Vaccination in the Punjab 1905-1918 - 1905-1918
Year: 1905
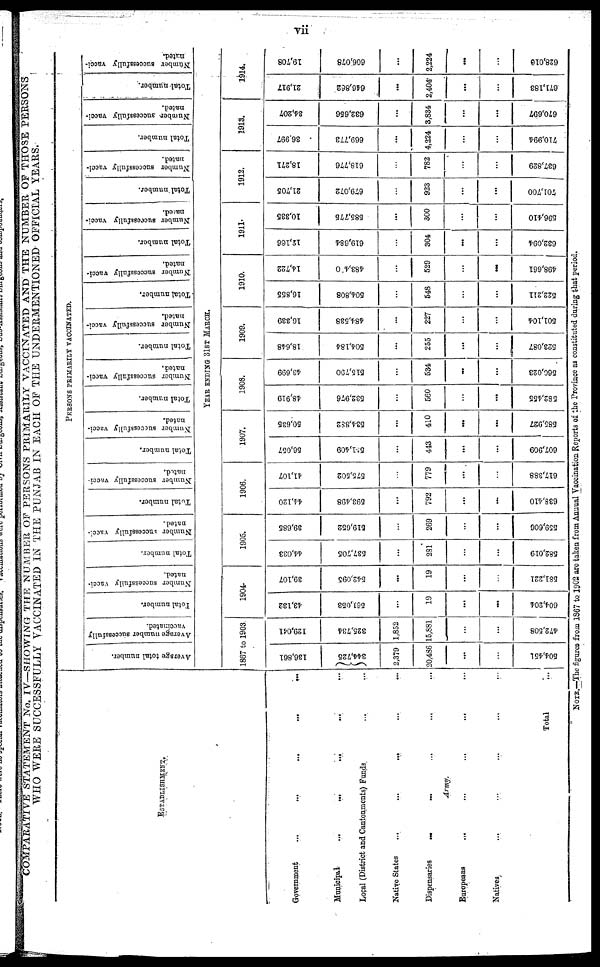
vii
COMPARATIVE STATEMENT No. IV—SHOWING THE NUMBER OF PERSONS PRIMARILY VACCINATED AND THE NUMBER OF THOSE PERSONS
WHO WERE SUCCESSFULLY VACCINATED IN THE PUNJAB IN EACH OF THE UNDERMENTIONED OFFICIAL YEARS.
ESTABLISHMENT.
Government
...
...
...
...
...
Municipal
...
...
...
... ...
Local (District and Cantonments) Funds
... ...
Native States
...
...
...
...
...
Dispensaries
...
...
...
... ...
Army.
Europeans
...
...
...
...
Natives
...
...
...
...
...
Total ...
PERSONS PRIMARILY VACCINATED.
Average total number.
Average number successfully
vaccinated.
Total number.
Number successfully vacci-
nated.
Total number.
Number successfully vacci-
nated.
Total number.
Number successfully vacci-
nated.
Total number.
Number successfully vacci-
nated.
Total number.
Number successfully vacci-
nated.
Total number.
Number successfully vacci-
nated.
Total number.
Number successfully vacci-
nated.
Total number.
Number successfully vacci-
nated.
Total number.
Number successfully vacci-
nated.
Total number.
Number successfully vacci¬
nated.
Total number.
Number successfully vacci-
nated.
YEAR ENDING 31ST MARCH.
1867 to 1903
136,861
344,725
2,379
20,486
...
...
504,451
129,041
325,734
1,852
15,881
...
...
472,508
1904.
43,132
561,053
...
19
...
...
604,204
39,107
542,095
...
19
...
...
581,221
1905.
44,033
537,705
...
281
...
...
582,019
39,685
519,652
...
269
...
...
559,606
1906.
44,120
593,498
...
792
...
...
638,410
41,107
575,502
...
779
...
...
617,388
1907.
56,057
551,409
...
443
...
...
607,909
50,635
534,882
...
410
...
...
585,927
1908.
48,919
532,976
...
560
...
...
582,455
43,699
515,790
...
534
...
...
560,023
1909.
18,648
504,184
...
255
...
...
523,087
16,339
484,538
...
227
...
...
501,104
1910.
16,855
504,808
...
548
...
...
522,211
14,722
483,400
...
529
...
...
498,661
1911.
12,106
619,684
...
304
...
...
632,094
10,335
585,775
...
300
...
...
596,410
1912.
21,705
679,072
...
923
...
...
701,700
18,271
618,776
...
782
...
...
637,829
1913.
36,997
669,773
...
4,224
...
...
710,994
84,207
632,656
...
3,834
...
...
670,697
1914.
21,917
646,862
...
2,404
...
...
671,183
19,708
606,078
...
2,224
...
...
628,010
NOTE.—The figures from 1867 to 1902 are taken from Annual Vaccination Reports of the Province as constituted during that period.